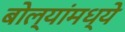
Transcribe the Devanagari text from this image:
बोल्यांमध्ये